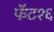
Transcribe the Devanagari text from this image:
फॅट१६